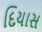
દિયાસ